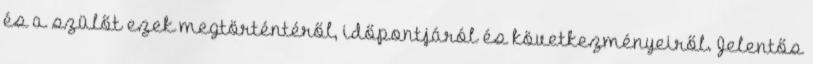
és a szülőt ezek megtörténtéről, időpontjáról és következményeiről. Jelentős